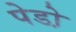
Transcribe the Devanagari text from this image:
पेडो़